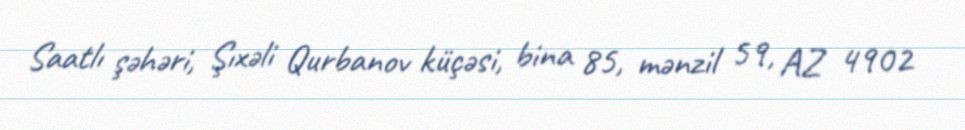
Saatlı şəhəri, Şıxəli Qurbanov küçəsi, bina 85, mənzil 59, AZ 4902